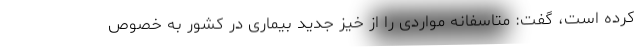
کرده است، گفت: متاسفانه مواردی را از خیز جدید بیماری در کشور به خصوص